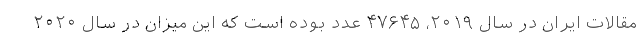
مقالات ایران در سال ۲۰۱۹، ۴۷۶۴۵ عدد بوده است که این میزان در سال ۲۰۲۰